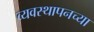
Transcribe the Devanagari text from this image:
व्यवस्थापनच्या